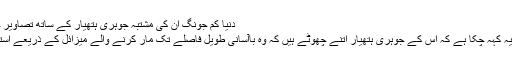
دنیا کم جونگ ان کی مشتبہ جوہری ہتھیار کے ساتھ تصاویر جاری مارچ 09, 2016
پیانگ یانگ اس سے قبل یہ کہہ چکا ہے کہ اس کے جوہری ہتھیار اتنے چھوٹے ہیں کہ وہ باآسانی طویل فاصلے تک مار کرنے والے میزائل کے ذریعے استعمال کیے جا سکتے ہیں۔